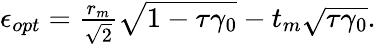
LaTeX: \begin{array}{r}{\epsilon_{opt}=\frac{r_{m}}{\sqrt{2}}\sqrt{1-\tau\gamma_{0}}-t_{m}\sqrt{\tau\gamma_{0}}.}\end{array}